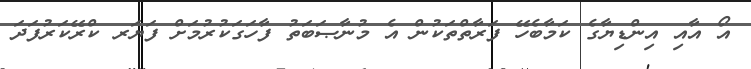
އޯ އާއި އިންޑިޔާގެ ކަމާބެހޭ ފަރާތްތަކުން އެ މުނާޞަބަތު ފާހަގަކުރުމަށް ފަޔަރ ކްރޭކަރުފަދަ